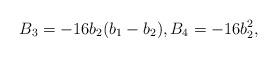
LaTeX: \begin{align*} B_3 = - 16b_2(b_1-b_2), B_4 = - 16b_2^2,\end{align*}